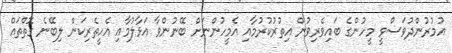
އުމުރުންދުވަސްވީ މީހުންގެ ބައިވެރިވުން އިތުރުކުރުމާއި އެމީހުންނަށް ބޭނުންވާ އަޅާލުމާއި އެހީތެރިކަން ލިބޭނެ ގޮތްތައް